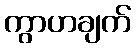
ကွာဟချက်